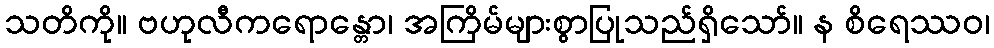
သတိကို။ ဗဟုလီကရောန္တော၊ အကြိမ်များစွာပြုသည်ရှိသော်။ န စိရေဿဝ၊